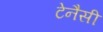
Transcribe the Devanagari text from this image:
टेनैसी